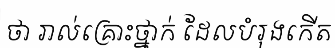
ថា រាល់គ្រោះថ្នាក់ ដែលបំរុងកើត